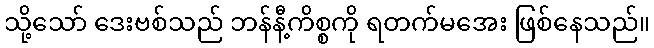
သို့သော် ဒေးဗစ်သည် ဘန်နီ့ကိစ္စကို ရတက်မအေး ဖြစ်နေသည်။